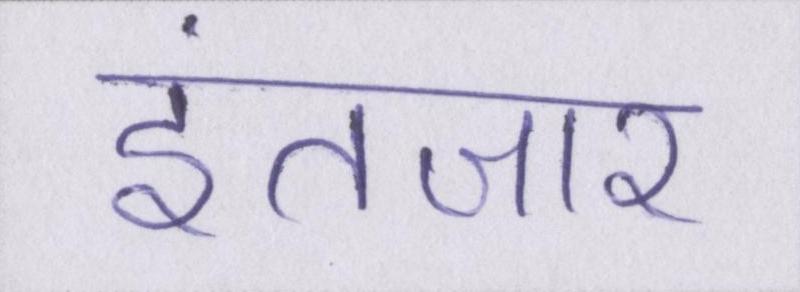
इंतजार